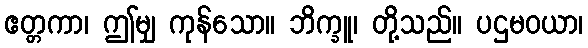
ဧတ္တကာ၊ ဤမျှ ကုန်သော။ ဘိက္ခူ၊ တို့သည်။ ပဌမဝယာ၊